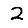
Digit: 2